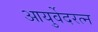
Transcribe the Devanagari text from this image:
आयुर्वेदरत्न